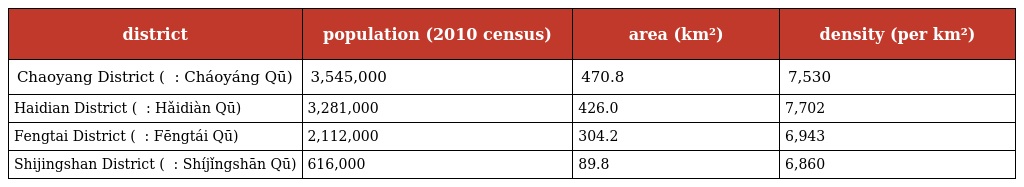
| district | population (2010 census) | area (km²) | density (per km²) |
 | --- | --- | --- | --- |
 | Chaoyang District ( 朝阳区 : Cháoyáng Qū) | 3,545,000 | 470.8 | 7,530 |
 | Haidian District ( 海淀区 : Hǎidiàn Qū) | 3,281,000 | 426.0 | 7,702 |
 | Fengtai District ( 丰台区 : Fēngtái Qū) | 2,112,000 | 304.2 | 6,943 |
 | Shijingshan District ( 石景山区 : Shíjǐngshān Qū) | 616,000 | 89.8 | 6,860 |